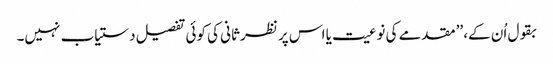
بقول اُن کے، ’’مقدمے کی نوعیت یا اس پر نظرثانی کی کوئی تفصیل دستیاب نہیں۔